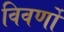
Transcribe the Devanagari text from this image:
विवर्णों